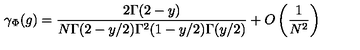
\gamma _ { \Phi } ( g ) = \frac { 2 \Gamma ( 2 - y ) } { N \Gamma ( 2 - y / 2 ) \Gamma ^ { 2 } ( 1 - y / 2 ) \Gamma ( y / 2 ) } + O \left( \frac { 1 } { N ^ { 2 } } \right)